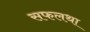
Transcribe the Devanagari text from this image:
सफलथा